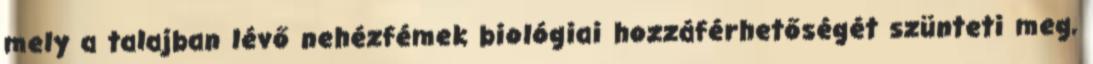
mely a talajban lévő nehézfémek biológiai hozzáférhetőségét szünteti meg,